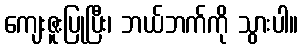
ကျေးဇူးပြုပြီး၊ ဘယ်ဘက်ကို သွားပါ။